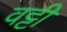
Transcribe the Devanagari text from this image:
वट्टी